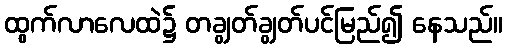
ထွက်လာလေထဲ၌ တချွတ်ချွတ်ပင်မြည်၍ နေသည်။